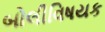
બોલીવિષયક